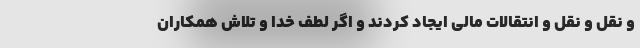
و نقل و نقل و انتقالات مالی ایجاد کردند و اگر لطف خدا و تلاش همکاران